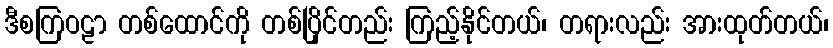
ဒီစကြဝဠာ တစ်ထောင်ကို တစ်ပြိုင်တည်း ကြည့်နိုင်တယ်၊ တရားလည်း အားထုတ်တယ်၊